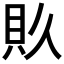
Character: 𮙯